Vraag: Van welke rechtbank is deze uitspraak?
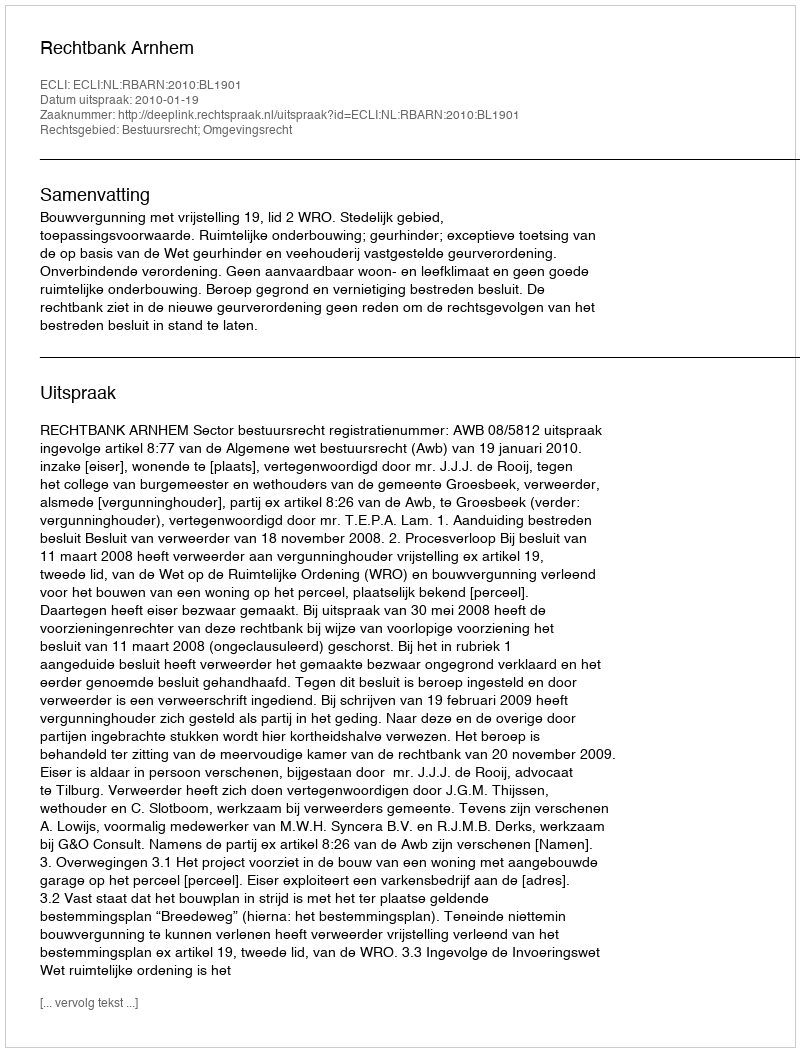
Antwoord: Rechtbank Arnhem